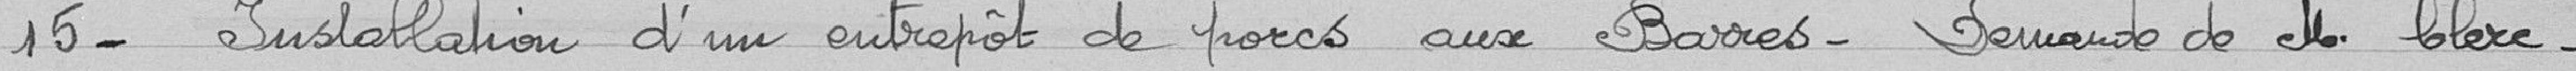
15 - Installation d'un entrepôt de porcs aux Barres. Demande de M. Clerc.